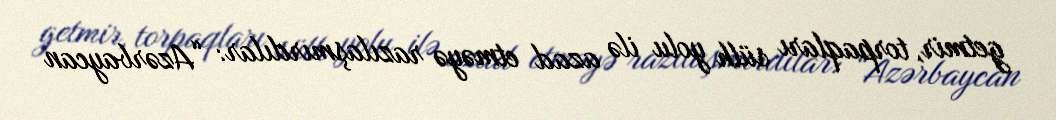
getmir, torpaqları sülh yolu ilə azad etməyə razılaşmırdılar: “Azərbaycan